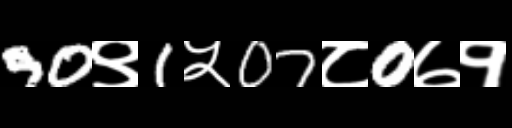
Text: 90९1५07८0७१